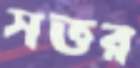
সত্তর